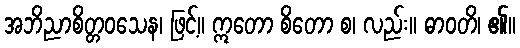
အဘိညာစိတ္တဝသေန၊ ဖြင့်။ ဣတော စိတော စ၊ လည်း။ ဓာဝတိ၊ ၏။